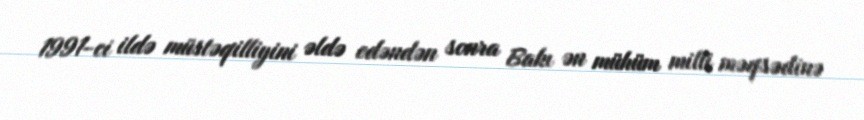
1991-ci ildə müstəqilliyini əldə edəndən sonra Bakı ən mühüm milli məqsədinə